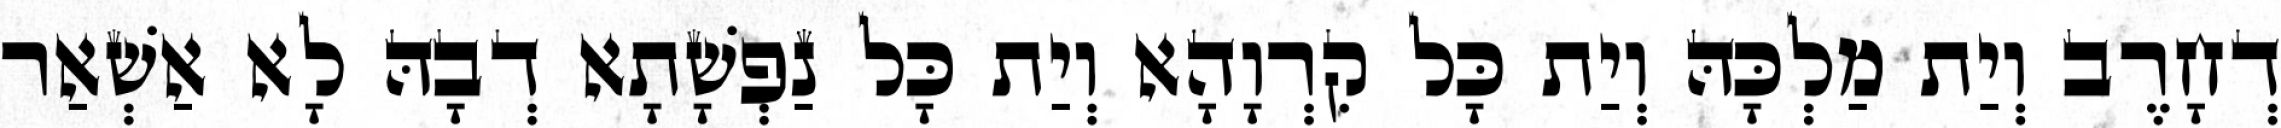
דְחָרֶב וְיַת מַלְכָּהּ וְיַת כָּל קִרְוָהָא וְיַת כָּל נַפְשָׁתָא דְבָהּ לָא אַשְׁאַר